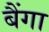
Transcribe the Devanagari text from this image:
बैंगा